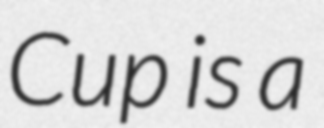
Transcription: Cup is a